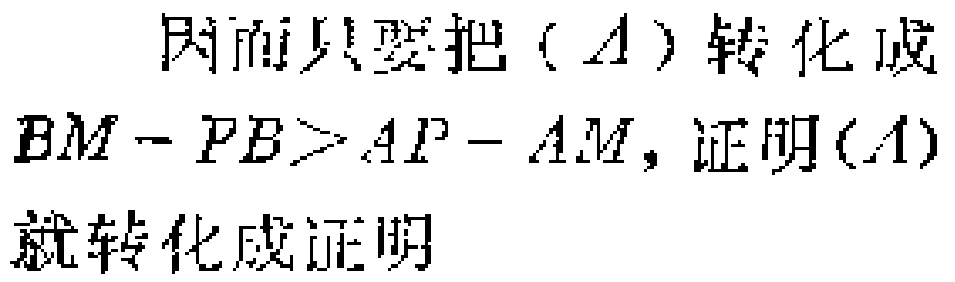
因而只要把（$A$）转化成

$BM - PB>AP - AM$，证明（$A$）

就转化成证明